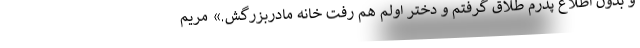
و بدون اطلاع پدرم طلاق گرفتم و دختر اولم هم رفت خانه مادربزرگش.» مریم